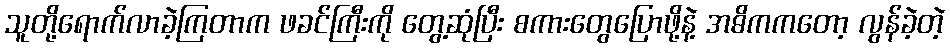
သူတို့ရောက်လာခဲ့ကြတာက ဖခင်ကြီးကို တွေ့ဆုံပြီး စကားတွေပြောဖို့နဲ့ အဓိကကတော့ လွန်ခဲ့တဲ့